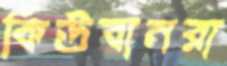
কিউবানরা